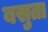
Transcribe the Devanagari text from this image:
बसुता